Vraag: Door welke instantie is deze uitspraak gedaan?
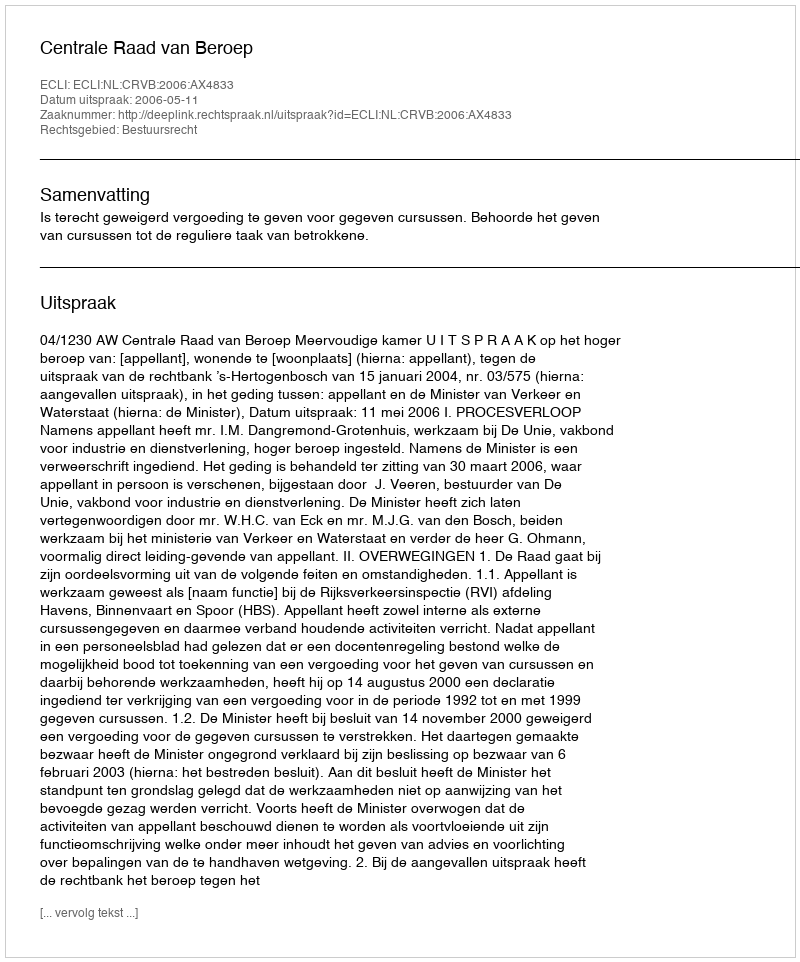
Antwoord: Centrale Raad van Beroep